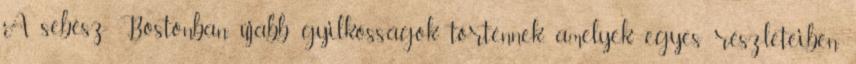
A sebész Bostonban újabb gyilkosságok történnek, amelyek egyes részleteiben